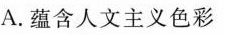
A.蕴含人文主义色彩